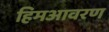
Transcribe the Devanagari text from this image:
हिमआवरण